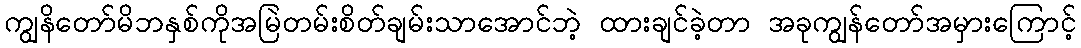
ကျွနိတော်မိဘနှစ်ကိုအမြဲတမ်းစိတ်ချမ်းသာအောင်ဘဲ့ ထားချင်ခဲ့တာ အခုကျွန်တော်အမှားကြောင့်